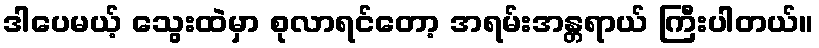
ဒါပေမယ့် သွေးထဲမှာ စုလာရင်တော့ အရမ်းအန္တရာယ် ကြီးပါတယ်။